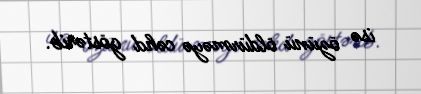
isə özünü öldürməyə cəhd göstərib.